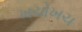
ખચોખચ